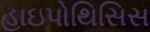
હાઇપોથિસિસ